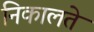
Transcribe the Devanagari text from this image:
निकालते